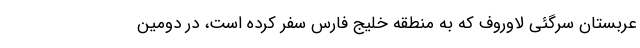
عربستان سرگئی لاوروف که به منطقه خلیج فارس سفر کرده است، در دومین